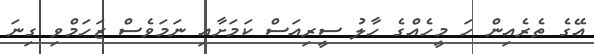
އޭގެ ތެރެއިން ހަ މީހެއްގެ ހާލު ސީރިއަސް ކަމަށާއި ނަަމަވެސް ޒަހަމްވި ގިނަ